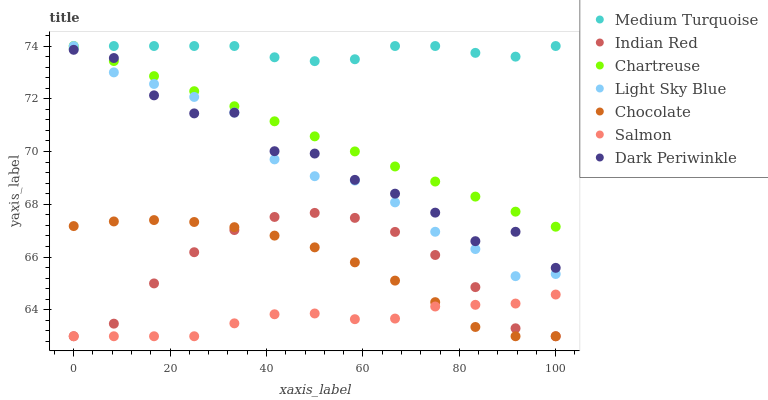
| xaxis_label | Medium Turquoise | Indian Red | Chartreuse | Light Sky Blue | Chocolate | Salmon | Dark Periwinkle |
 | --- | --- | --- | --- | --- | --- | --- | --- |
 | 0 | 73.9 | 63 | 74 | 74 | 67.2 | 63 | 73.9 |
 | 8.33 | 74 | 63.5 | 73.4 | 73 | 67.4 | 63 | 73.5 |
 | 16.7 | 74 | 65 | 72.9 | 72.6 | 67.4 | 63 | 72.1 |
 | 25 | 74 | 66.2 | 72.3 | 72.1 | 67.3 | 63 | 71.4 |
 | 33.3 | 74 | 67 | 71.7 | 71.5 | 67.1 | 63.5 | 71.5 |
 | 41.7 | 73.6 | 67.5 | 71.1 | 69.7 | 66.8 | 63.8 | 70 |
 | 50 | 73.4 | 67.7 | 70.6 | 69.1 | 66.4 | 63.9 | 69.9 |
 | 58.3 | 73.5 | 67.5 | 70 | 68.9 | 65.8 | 63.6 | 68.9 |
 | 66.7 | 74 | 67 | 69.4 | 68.1 | 65.1 | 63.7 | 68.4 |
 | 75 | 74 | 66.1 | 68.9 | 67 | 64.3 | 64.1 | 67.7 |
 | 83.3 | 73.7 | 64.9 | 68.3 | 66.3 | 63.4 | 64.2 | 66.6 |
 | 91.7 | 73.6 | 63.3 | 67.7 | 65.3 | 63 | 64.2 | 67 |
 | 100 | 74 | 63 | 67.2 | 65.4 | 63 | 64.6 | 65.6 |